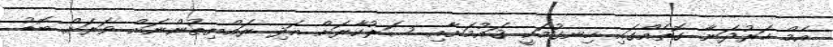
އެމް ހަރުދަނާ ގޮތެއްގައި ހިނގުމަކީ ޤައުމަށާއި ސަރުކާރަށް އަދި ރައްޔިތުންނަށް ވަރަށް ބޮޑު